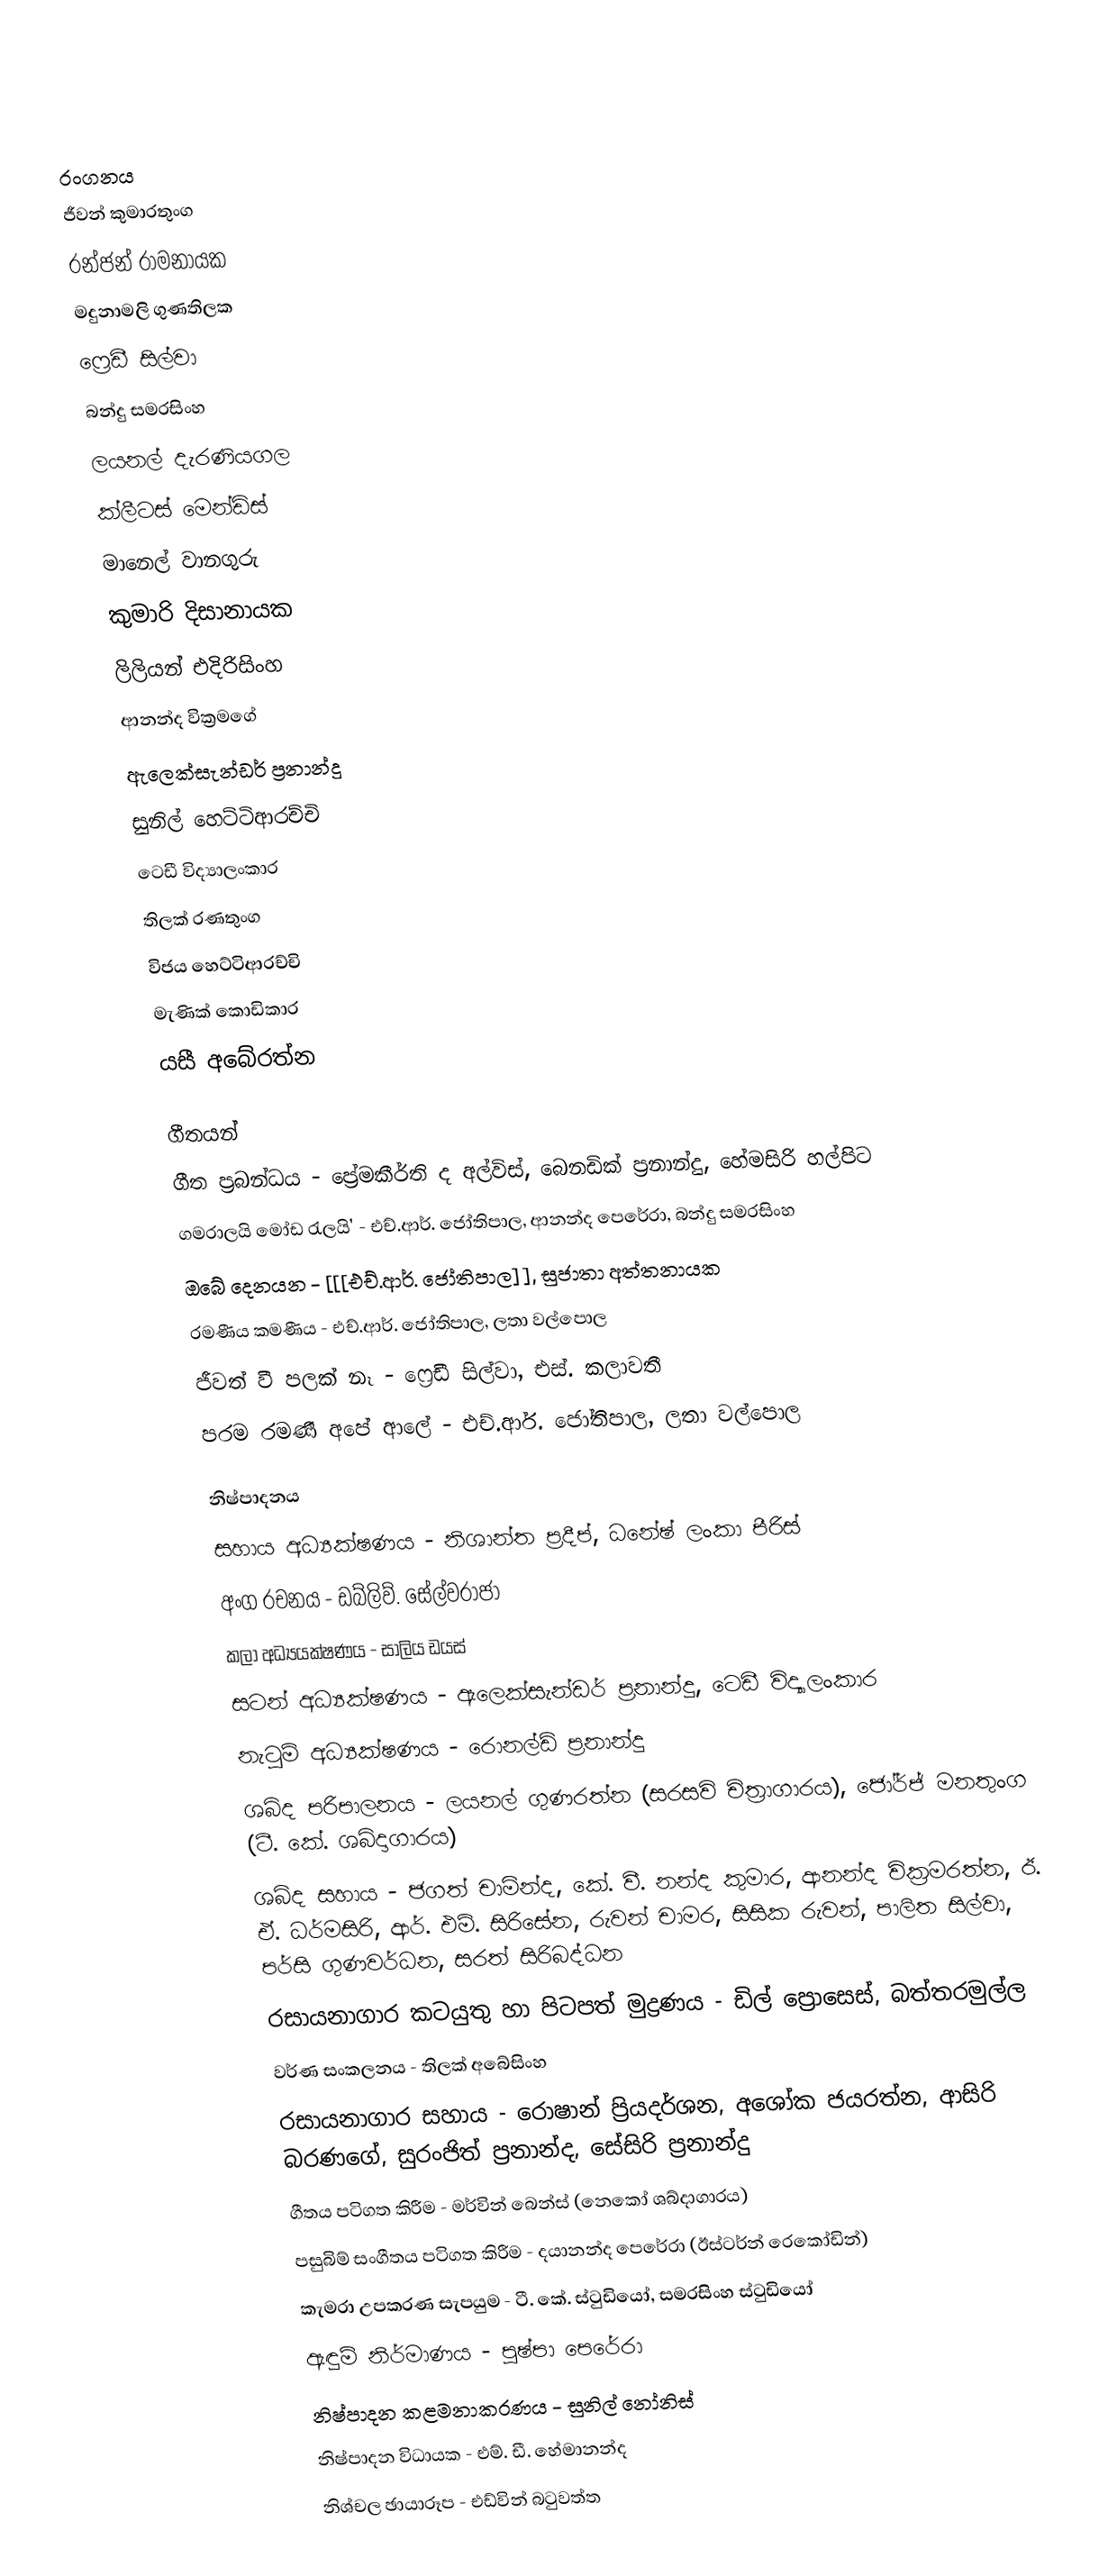

රංගනය
ජීවන් කුමාරතුංග
රන්ජන් රාමනායක
මදුනාමලි ගුණතිලක
ෆ්‍රෙඩී සිල්වා
බන්දු සමරසිංහ
ලයනල් දැරණියගල
ක්ලීටස් මෙන්ඩිස්
මානෙල් වානගුරු
කුමාරි දිසානායක
ලිලියන් එදිරිසිංහ
ආනන්ද වික්‍රමගේ
ඇලෙක්සැන්ඩර් ප්‍රනාන්දු
සුනිල් හෙට්ටිආරච්චි
ටෙඩී විද්‍යාලංකාර
තිලක් රණතුංග
විජය හෙට්ටිආරච්චි
මැණික් කොඩිකාර
යසී අබේරත්න

ගීතයන්
ගීත ප්‍රබන්ධය - ප්‍රේමකීර්ති ද අල්විස්, බෙනඩික් ප්‍රනාන්දු, හේමසිරි හල්පිට
ගමරාලයි මෝඩ රැලයි' - එච්.ආර්. ජෝතිපාල, ආනන්ද පෙරේරා, බන්දු සමරසිංහ
ඔබේ දෙනයන - [[[එච්.ආර්. ජෝතිපාල]], සුජාතා අත්තනායක
රමණීය කමණීය - එච්.ආර්. ජෝතිපාල, ලතා වල්පොල
ජීවත් වී පලක් නෑ - ෆ්‍රෙඩී සිල්වා, එස්. කලාවතී
පරම රමණී අපේ ආලේ - එච්.ආර්. ජෝතිපාල, ලතා වල්පොල

නිෂ්පාදනය
සහාය අධ්‍යක්ෂණය - නිශාන්ත ප්‍රදීප්, ධනේෂ් ලංකා පීරිස්
අංග රචනය - ඩබ්ලිව්. සේල්වරාජා
කලා අධ්‍යයක්ෂණය - සාලිය ඩයස්
සටන් අධ්‍යක්ෂණය - ඇලෙක්සැන්ඩර් ප්‍රනාන්දු, ටෙඩී විද්‍යාලංකාර
නැටුම් අධ්‍යක්ෂණය - රොනල්ඩ් ප්‍රනාන්දු
ශබ්ද පරිපාලනය - ලයනල් ගුණරත්න (සරසවි චිත්‍රාගාරය), ජෝර්ජ් මනතුංග (ටී. කේ. ශබ්දාගාරය)
ශබ්ද සහාය - ජගත් චාමින්ද, කේ. වී. නන්ද කුමාර, ආනන්ද වික්‍රමරත්න, ඊ. ඒ. ධර්මසිරි, ආර්. එම්. සිරිසේන, රුවන් චාමර, සිසික රුවන්, පාලිත සිල්වා, පර්සි ගුණවර්ධන, සරත් සිරිබද්ධන
රසායනාගාර කටයුතු හා පිටපත් මුද්‍රණය - ඩිල් ප්‍රොසෙස්, බත්තරමුල්ල
වර්ණ සංකලනය - තිලක් අබේසිංහ
රසායනාගාර සහාය - රොෂාන් ප්‍රියදර්ශන, අශෝක ජයරත්න, ආසිරි බරණගේ, සුරංජිත් ප්‍රනාන්ද, සේසිරි ප්‍රනාන්දු
ගීතය පටිගත කිරීම - මර්වින් බෙන්ස් (නෙකෝ ශබ්දාගාරය)
පසුබිම් සංගීතය පටිගත කිරීම - දයානන්ද පෙරේරා (ඊස්ටර්න් රෙකෝඩින්)
කැමරා උපකරණ සැපයුම - ටී. කේ. ස්ටුඩියෝ, සමරසිංහ ස්ටුඩියෝ
ඇඳුම් නිර්මාණය - පුෂ්පා පෙරේරා
නිෂ්පාදන කළමනාකරණය - සුනිල් නෝනිස්
නිෂ්පාදන විධායක - එම්. ඩී. හේමානන්ද
නිශ්චල ඡායාරූප - එඩ්වින් බටුවත්ත